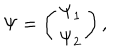
LaTeX: \Psi = \left( \begin{array} { c } { { \Psi _ { 1 } } } \\ { { \Psi _ { 2 } } } \\ \end{array} \right) ,